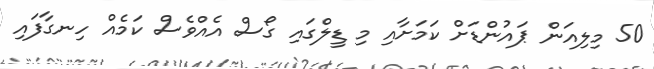
50 މިލިއަން ޕައުންޑަށް ކަމަށާއި މި ޑީލްގައި ގޯސް އެއްވެސް ކަމެއް ހިނގާފައި